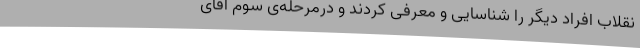
نقلاب‌ افراد دیگر را شناسایی‌ و معرفی‌ کردند و درمرحله‌ی‌ سوم‌ آقای‌